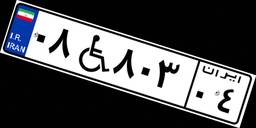
۰۸W۸۰۳۰۴